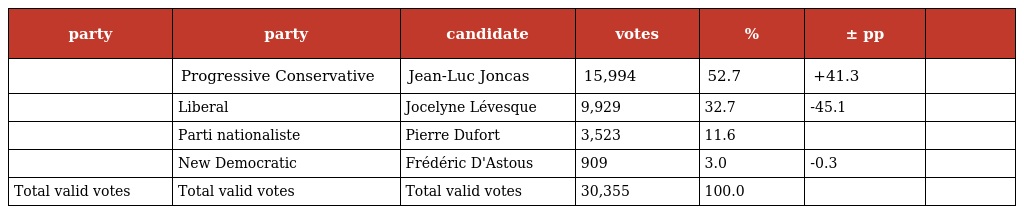
| party | party | candidate | votes | % | ± pp |  |
 | --- | --- | --- | --- | --- | --- | --- |
 |  | Progressive Conservative | Jean-Luc Joncas | 15,994 | 52.7 | +41.3 |  |
 |  | Liberal | Jocelyne Lévesque | 9,929 | 32.7 | -45.1 |  |
 |  | Parti nationaliste | Pierre Dufort | 3,523 | 11.6 |  |  |
 |  | New Democratic | Frédéric D'Astous | 909 | 3.0 | -0.3 |  |
 | Total valid votes | Total valid votes | Total valid votes | 30,355 | 100.0 |  |  |